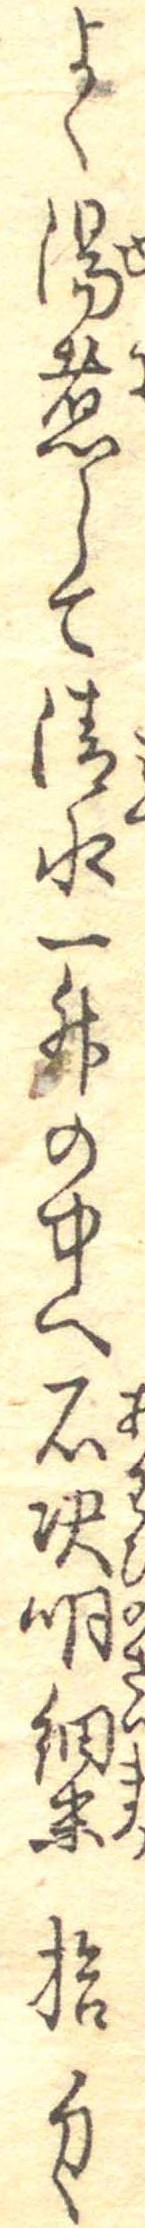
よく湯煮して清水一升の中へ石決明細末拾匁